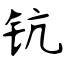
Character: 钪